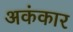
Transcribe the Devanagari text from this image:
अकंकार